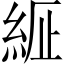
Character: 𦀍